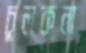
চুলকনা